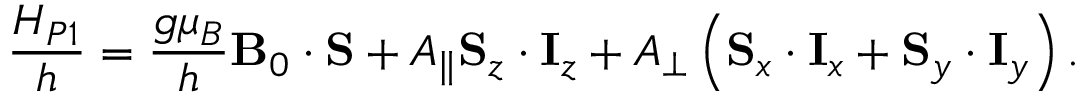
\frac { H _ { P 1 } } { h } = \frac { g \mu _ { B } } { h } \mathbf { B } _ { 0 } \cdot \mathbf { S } + A _ { \parallel } \mathbf { S } _ { z } \cdot \mathbf { I } _ { z } + A _ { \perp } \left( \mathbf { S } _ { x } \cdot \mathbf { I } _ { x } + \mathbf { S } _ { y } \cdot \mathbf { I } _ { y } \right) .